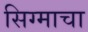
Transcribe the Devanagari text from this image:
सिग्माचा